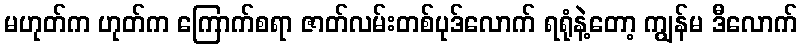
မဟုတ်က ဟုတ်က ကြောက်စရာ ဇာတ်လမ်းတစ်ပုဒ်လောက် ရရုံနဲ့တော့ ကျွန်မ ဒီလောက်